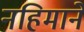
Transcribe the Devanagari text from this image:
नहिमाने